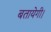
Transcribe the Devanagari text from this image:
बतायेगी।